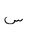
Letter: _sin